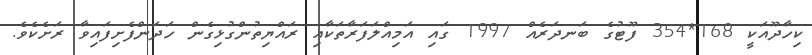
ކިހާދޫއަކީ 168*354 ފޫޓުގެ ބަނދަރެއް 1997 ގައި އަމިއްލަފަރާތަކާއި ރައްޔިތުންގުޅިގެން ހަދަންފެށިފައިވާ ރަށެކެވެ.